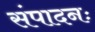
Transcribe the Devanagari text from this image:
संपादनः